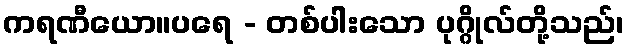
ကရဏီယော။ပရေ - တစ်ပါးသော ပုဂ္ဂိုလ်တို့သည်၊